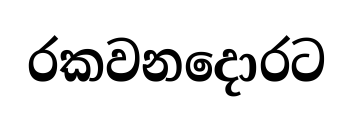
රකවනදොරට